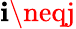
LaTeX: \mathbf{i}\neqj